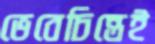
ভেবেচিন্তেই